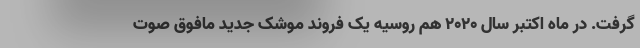
گرفت. در ماه اکتبر سال ۲۰۲۰ هم روسیه یک فروند موشک جدید مافوق صوت